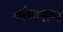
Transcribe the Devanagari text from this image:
बोचासन